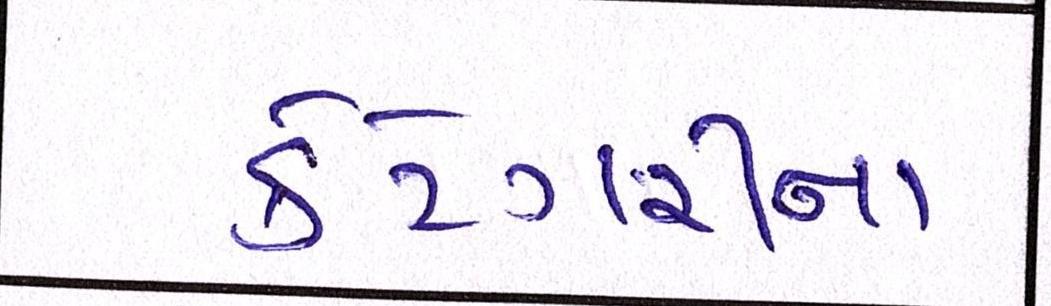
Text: કેટેગરીના